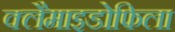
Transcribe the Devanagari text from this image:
क्लैमाइडोफिला